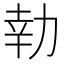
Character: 𭄬